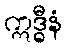
ဣဒ္ဓီနံ